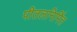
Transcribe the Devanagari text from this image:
पीतलनिर्मित